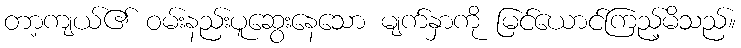
တာ့ကျယ်၏ ဝမ်းနည်းပူဆွေးနေသော မျက်နှာကို မြင်ယောင်ကြည့်မိသည်။